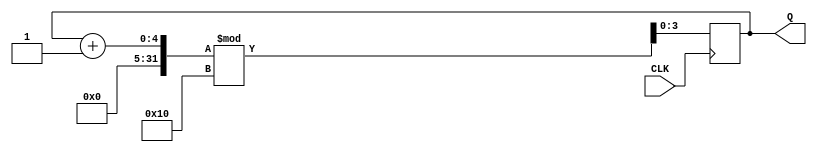
module counter(CLK, Q);
	input CLK;
	output [3:0] Q;
	reg [3:0] Q;
	
	initial 
	Q = 4'b0000;
	always @(posedge CLK)
	begin 
		Q = (Q + 1)%16;
	end
endmodule

module tester;
	wire [3:0] Q;
	reg CLK;
	
	counter c(CLK, Q);
	initial
	begin
	CLK = 0;
	end
	
	always 
	#2 CLK = ~CLK;
	initial 
	$monitor ($time, " Q=%b\n", Q);
	initial
	begin
	#70
	#3 $finish;
	end
endmodule